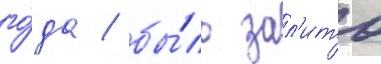
го́да / бы́ло зал'ито